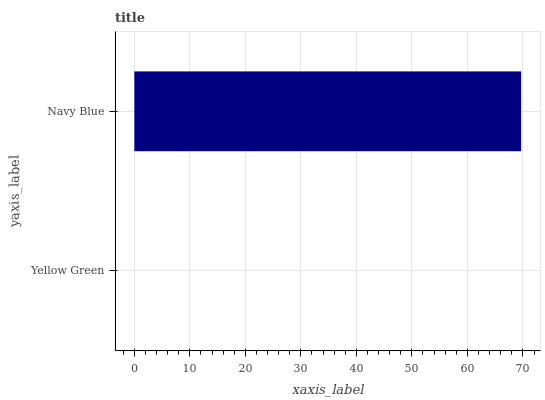
| yaxis_label | bars |
 | --- | --- |
 | Yellow Green | 0 |
 | Navy Blue | 69.7 |